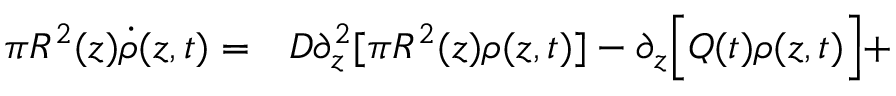
\begin{array} { r l } { \pi R ^ { 2 } ( z ) \dot { \rho } ( z , t ) = } & { { } D \partial _ { z } ^ { 2 } [ \pi R ^ { 2 } ( z ) \rho ( z , t ) ] - \partial _ { z } \Big [ Q ( t ) \rho ( z , t ) \Big ] + } \end{array}